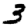
Digit: 3